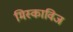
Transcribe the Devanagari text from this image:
मिस्काविज